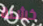
خشنة